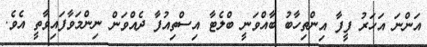
އަންނަ އަހަރު ފީފާ އިންތިހާބު ބާއްވަނީ ބްލެޓާ އިސްތިއުފާ ދެއްވަން ނިންމަވާފައިވާތީ އެވެ.